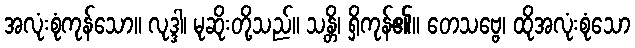
အလုံးစုံကုန်သော။ လုဒ္ဒါ၊ မုဆိုးတို့သည်။ သန္တိ၊ ရှိကုန်၏။ တေသဗ္ဗေ၊ ထိုအလုံးစုံသော